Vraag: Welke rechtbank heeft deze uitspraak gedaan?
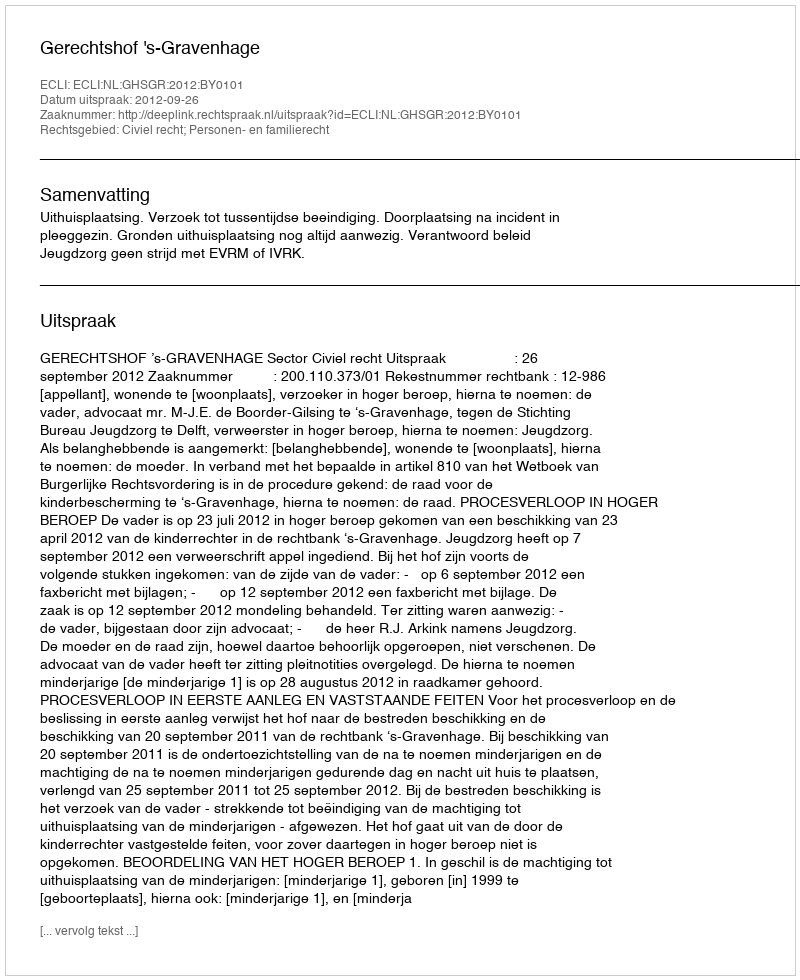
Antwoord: Gerechtshof 's-Gravenhage